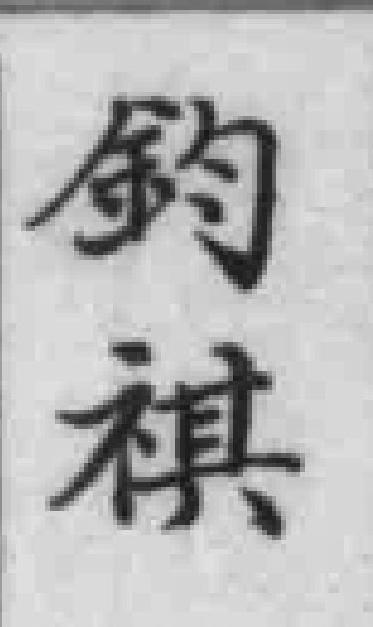
鈞祺